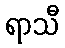
ရာသီ